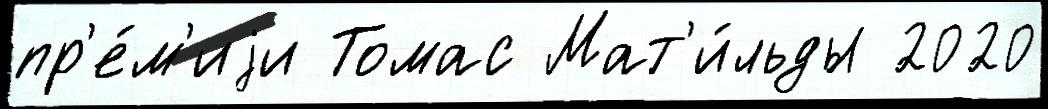
пр'е́м'иjи Томас Мат'и́льды 2020